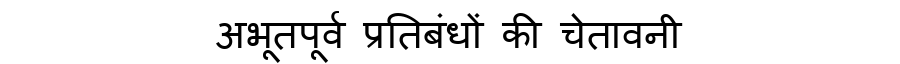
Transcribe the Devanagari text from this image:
अभूतपूर्व प्रतिबंधों की चेतावनी